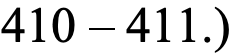
410 – 411.)